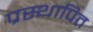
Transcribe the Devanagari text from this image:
प्रस्‍थापित